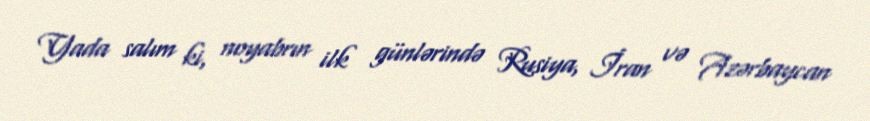
Yada salım ki, noyabrın ilk günlərində Rusiya, İran və Azərbaycan